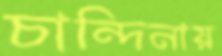
চান্দিনায়